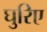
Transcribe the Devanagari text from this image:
घुरिए